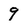
Character: 9